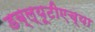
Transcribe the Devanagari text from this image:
डब्ल्यूटीएच्या